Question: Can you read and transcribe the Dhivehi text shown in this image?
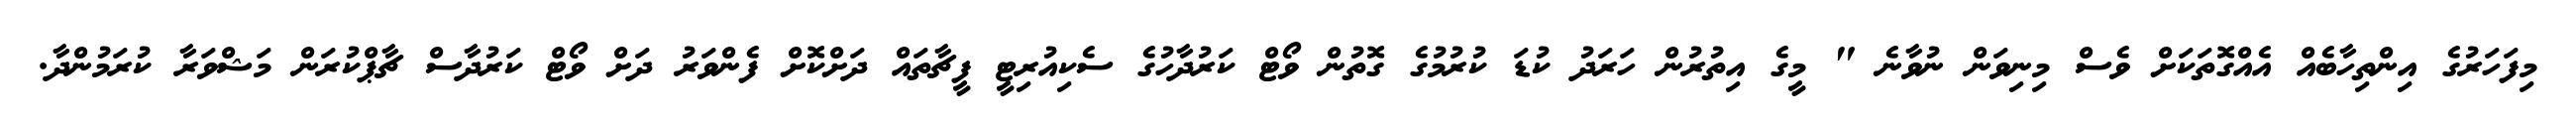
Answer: މިފަހަރުގެ އިންތިހާބެއް އެއްގޮތަކަށް ވެސް މިނިވަން ނުވާނެ " މީގެ އިތުރުން ހަރަދު ކުޑަ ކުރުމުގެ ގޮތުން ވޯޓް ކަރުދާހުގެ ސެކިއުރިޓީ ފީޗާތައް ދަށްކޮށް ފެންވަރު ދަށް ވޯޓް ކަރުދާސް ޗާޕްކުރަން މަޝްވަރާ ކުރަމުންދާ.